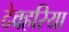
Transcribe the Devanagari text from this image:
देवहरिया